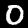
Digit: 0